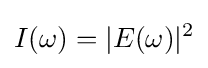
I(\omega )=|E(\omega )|^{2}